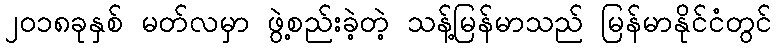
၂၀၁၈ခုနှစ် မတ်လမှာ ဖွဲ့စည်းခဲ့တဲ့ သန့်မြန်မာသည် မြန်မာနိုင်ငံတွင်